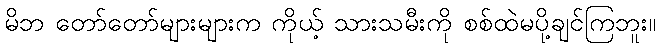
မိဘ တော်တော်များများက ကိုယ့် သားသမီးကို စစ်ထဲမပို့ချင်ကြဘူး။